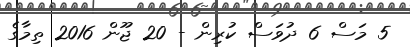
5 މަސް 6 ދުވަސް ކުރިން - 20 ޖޫން 2016 ތިމާގެ